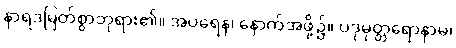
နာရဒမြတ်စွာဘုရား၏။ အပရေန၊ နောက်အဖို့၌။ ပဒုမုတ္တရောနာမ၊